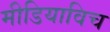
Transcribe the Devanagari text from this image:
मीडियाविच